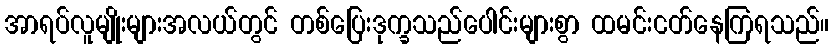
အာရပ်လူမျိုးများအလယ်တွင် တစ်ပြေးဒုက္ခသည်ပေါင်းများစွာ ထမင်းငတ်နေကြရသည်။